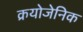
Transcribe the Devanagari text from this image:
क्रयोजेनिक